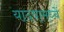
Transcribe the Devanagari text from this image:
यादवांमध्यें